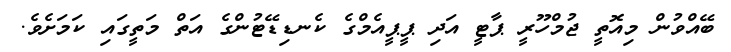
ބޭއްވުން މިއޮތީ ޖުމްހޫރީ ޕާޓީ އަދި ޕީޕީއެމްގެ ކެނޑިޑޭޓުންގެ އަތް މަތީގައި ކަމަށެވެ.